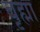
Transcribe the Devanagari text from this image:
बृह्मा